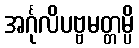
အင်္ဂုလိပဗ္ဗမတ္တမ္ပိ